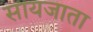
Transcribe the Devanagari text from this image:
सायजाता